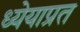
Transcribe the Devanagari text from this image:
ध्येयाप्रत